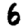
Digit: 6